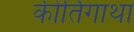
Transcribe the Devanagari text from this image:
कीर्तिगाथा